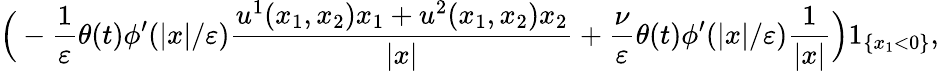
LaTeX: \Big(-\frac{1}{\varepsilon}\theta(t)\phi^{\prime}(|x|/\varepsilon)\frac{u^{1}(x_{1},x_{2})x_{1}+u^{2}(x_{1},x_{2})x_{2}}{|x|}+\frac{\nu}{\varepsilon}\theta(t)\phi^{\prime}(|x|/\varepsilon)\frac{1}{|x|}\Big)1_{\{ x_{1}<0\} },